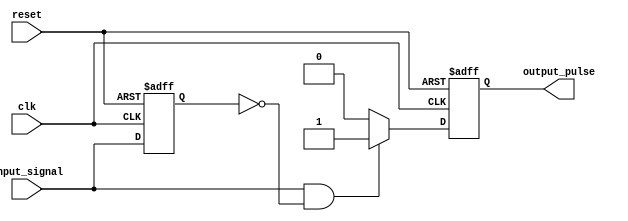
module positive_edge_detector (
    input wire clk,               // Clock input
    input wire reset,             // Asynchronous reset
    input wire input_signal,      // Input signal to detect edge
    output reg output_pulse       // Output pulse on positive edge
);

    reg prev_state;               // Previous state of the input signal

    always @(posedge clk or posedge reset) begin
        if (reset) begin
            prev_state <= 0;      // Reset previous state
            output_pulse <= 0;    // Reset output pulse
        end else begin
            // Detect positive edge
            if (input_signal == 1 && prev_state == 0) begin
                output_pulse <= 1; // Set output pulse high
            end else begin
                output_pulse <= 0;  // Clear the output pulse
            end
            prev_state <= input_signal; // Update previous state
        end
    end
endmodule